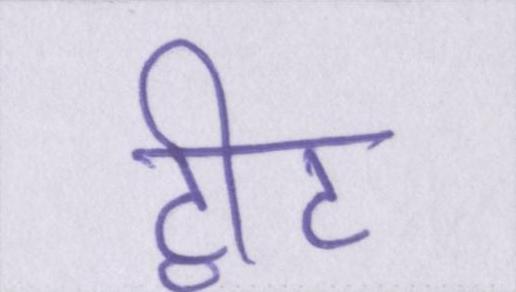
ट्वीट